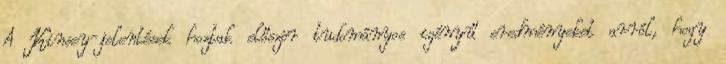
A Kinsey-jelentések hoztak először tudományos igényű eredményeket arról, hogy